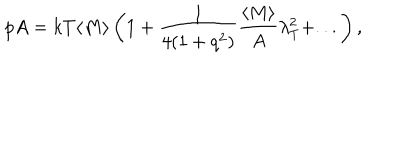
p A = k T \langle M \rangle \left( 1 + \frac { 1 } { 4 ( 1 + q ^ { 2 } ) } \frac { \langle M \rangle } { A } \lambda _ { T } ^ { 2 } + . . . \right) ,